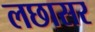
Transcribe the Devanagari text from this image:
लछासर